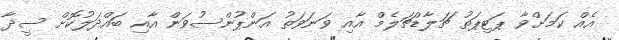
އެއް ކަމަށްވާ ޕަޓިޕަތު ޗަލާޑްޗަލެމް އާއި ވަނަވަތު އަންޕުންސުވަން އާއި ބައްދަލުކޮށް ސީދާ